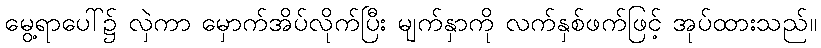
မွေ့ရာပေါ်၌ လှဲကာ မှောက်အိပ်လိုက်ပြီး မျက်နှာကို လက်နှစ်ဖက်ဖြင့် အုပ်ထားသည်။